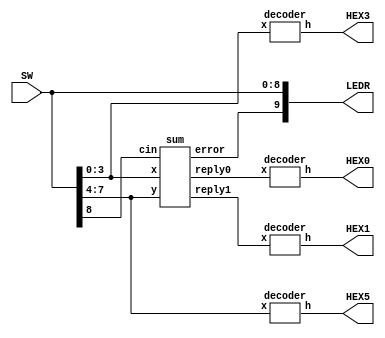
module zad5(
				input [8:0] SW,
				output [9:0] LEDR,
				output [0:6] HEX0, output [0:6] HEX1,
				output [0:6] HEX3, output [0:6] HEX5);					
		
		wire [0:0] error;
		wire [3:0] R0, R1;
		
		assign LEDR[8:0] = SW[8:0];
		assign LEDR[9] = error;
		
		decoder e1(SW[3:0], HEX3[0:6]);
		decoder e2(SW[7:4], HEX5[0:6]);
		sum e3(SW[3:0], SW[7:4], SW[8], R0[3:0], R1[3:0], error[0:0]);
		decoder e4(R0[3:0], HEX0[0:6]);
		decoder e5(R1[3:0], HEX1[0:6]);
		
endmodule


module decoder(
								input [3:0] x,
								output reg [0:6] h);

		always @(*)
		casex(x)
			4'd0: h=7'b0000001;
			4'd1: h=7'b1001111;
			4'd2: h=7'b0010010;
			4'd3: h=7'b0000110;
			4'd4: h=7'b1001100;
			4'd5: h=7'b0100100;
			4'd6: h=7'b0100000;
			4'd7: h=7'b0001111;
			4'd8: h=7'b0000000;
			4'd9: h=7'b0000100;
			default: h=7'b1111111;
		endcase
								
endmodule

module sum(
		input [3:0] x, y, input [0:0] cin,
		output reg [3:0] reply0, reply1, output reg [0:0] error);
		
		reg [7:0] reply;
		reg [3:0]z0;
		
		always @ (*)
		begin
			reply = x + y + cin;
			if(reply > 8'd9)
			begin
				z0 = 4'd10;
				reply1 = 4'd1;
			end
			else
			begin
				z0 = 4'd0;
				reply1 = 4'd0;
			end
			reply0 = reply - z0;
			if(x > 4'd9 || y > 4'd9)
				error = 1'd1;
			else
				error = 1'd0;
		end
		
		
endmodule